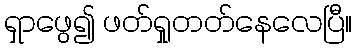
ရှာဖွေ၍ ဖတ်ရှုတတ်နေလေပြီ။